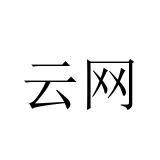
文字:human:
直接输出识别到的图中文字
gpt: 云网